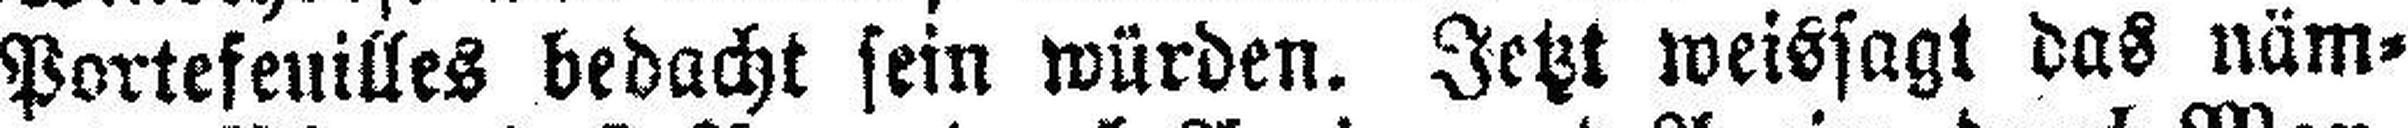
Portefeuilles bedacht sein würden. Jetzt weissagt das näm¬